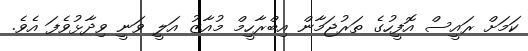
ކަމަށް ރައީސް އޮފީހުގެ ތަރުޖަމާން އިބްރާހީމް މުއާޒު އަލީ ވަނީ ވިދާޅުވެފަ އެވެ.